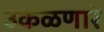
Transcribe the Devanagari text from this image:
उकळणारे